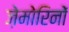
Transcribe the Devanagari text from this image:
ज़ेमोरिनों